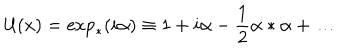
{ \cal U } ( x ) = \exp _ { * } ( i \alpha ) \equiv 1 + i \alpha - \frac { 1 } { 2 } \alpha * \alpha + \ldots